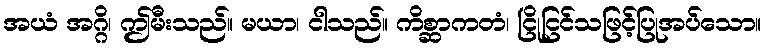
အယံ အဂ္ဂိ၊ ဤမီးသည်။ မယာ၊ ငါသည်။ ကိစ္ဆာကတံ၊ ငြိုငြင်သဖြင့်ပြုအပ်သော။